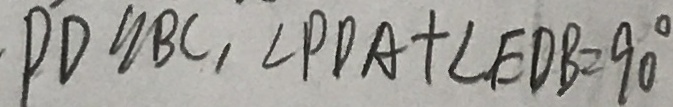
P D / / B C , \angle P D A + \angle E D B = 9 0 ^ { \circ }